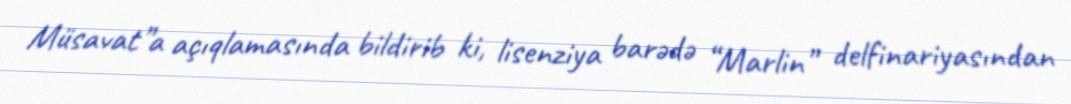
Müsavat”a açıqlamasında bildirib ki, lisenziya barədə “Marlin” delfinariyasından